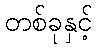
တစ်ခုနှင့်